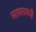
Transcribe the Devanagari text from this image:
सावरायची